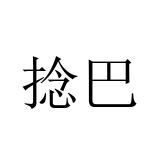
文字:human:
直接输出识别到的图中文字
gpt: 捻巴